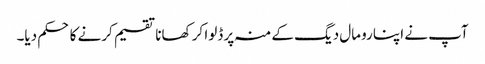
آپ نے اپنا رومال دیگ کے منہ پر ڈلوا کر کھانا تقسیم کرنے کا حکم دیا۔